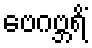
ဗေဂဗ္ဘရိံ